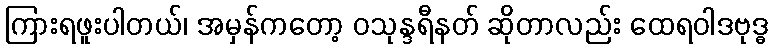
ကြားရဖူးပါတယ်၊ အမှန်ကတော့ ဝသုန္ဒရီနတ် ဆိုတာလည်း ထေရဝါဒဗုဒ္ဓ